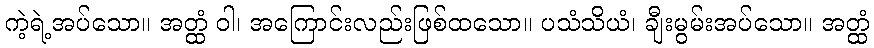
ကဲ့ရဲ့အပ်သော။ အတ္ထံ ဝါ၊ အကြောင်းလည်းဖြစ်ထသော။ ပသံသိယံ၊ ချီးမွမ်းအပ်သော။ အတ္ထံ